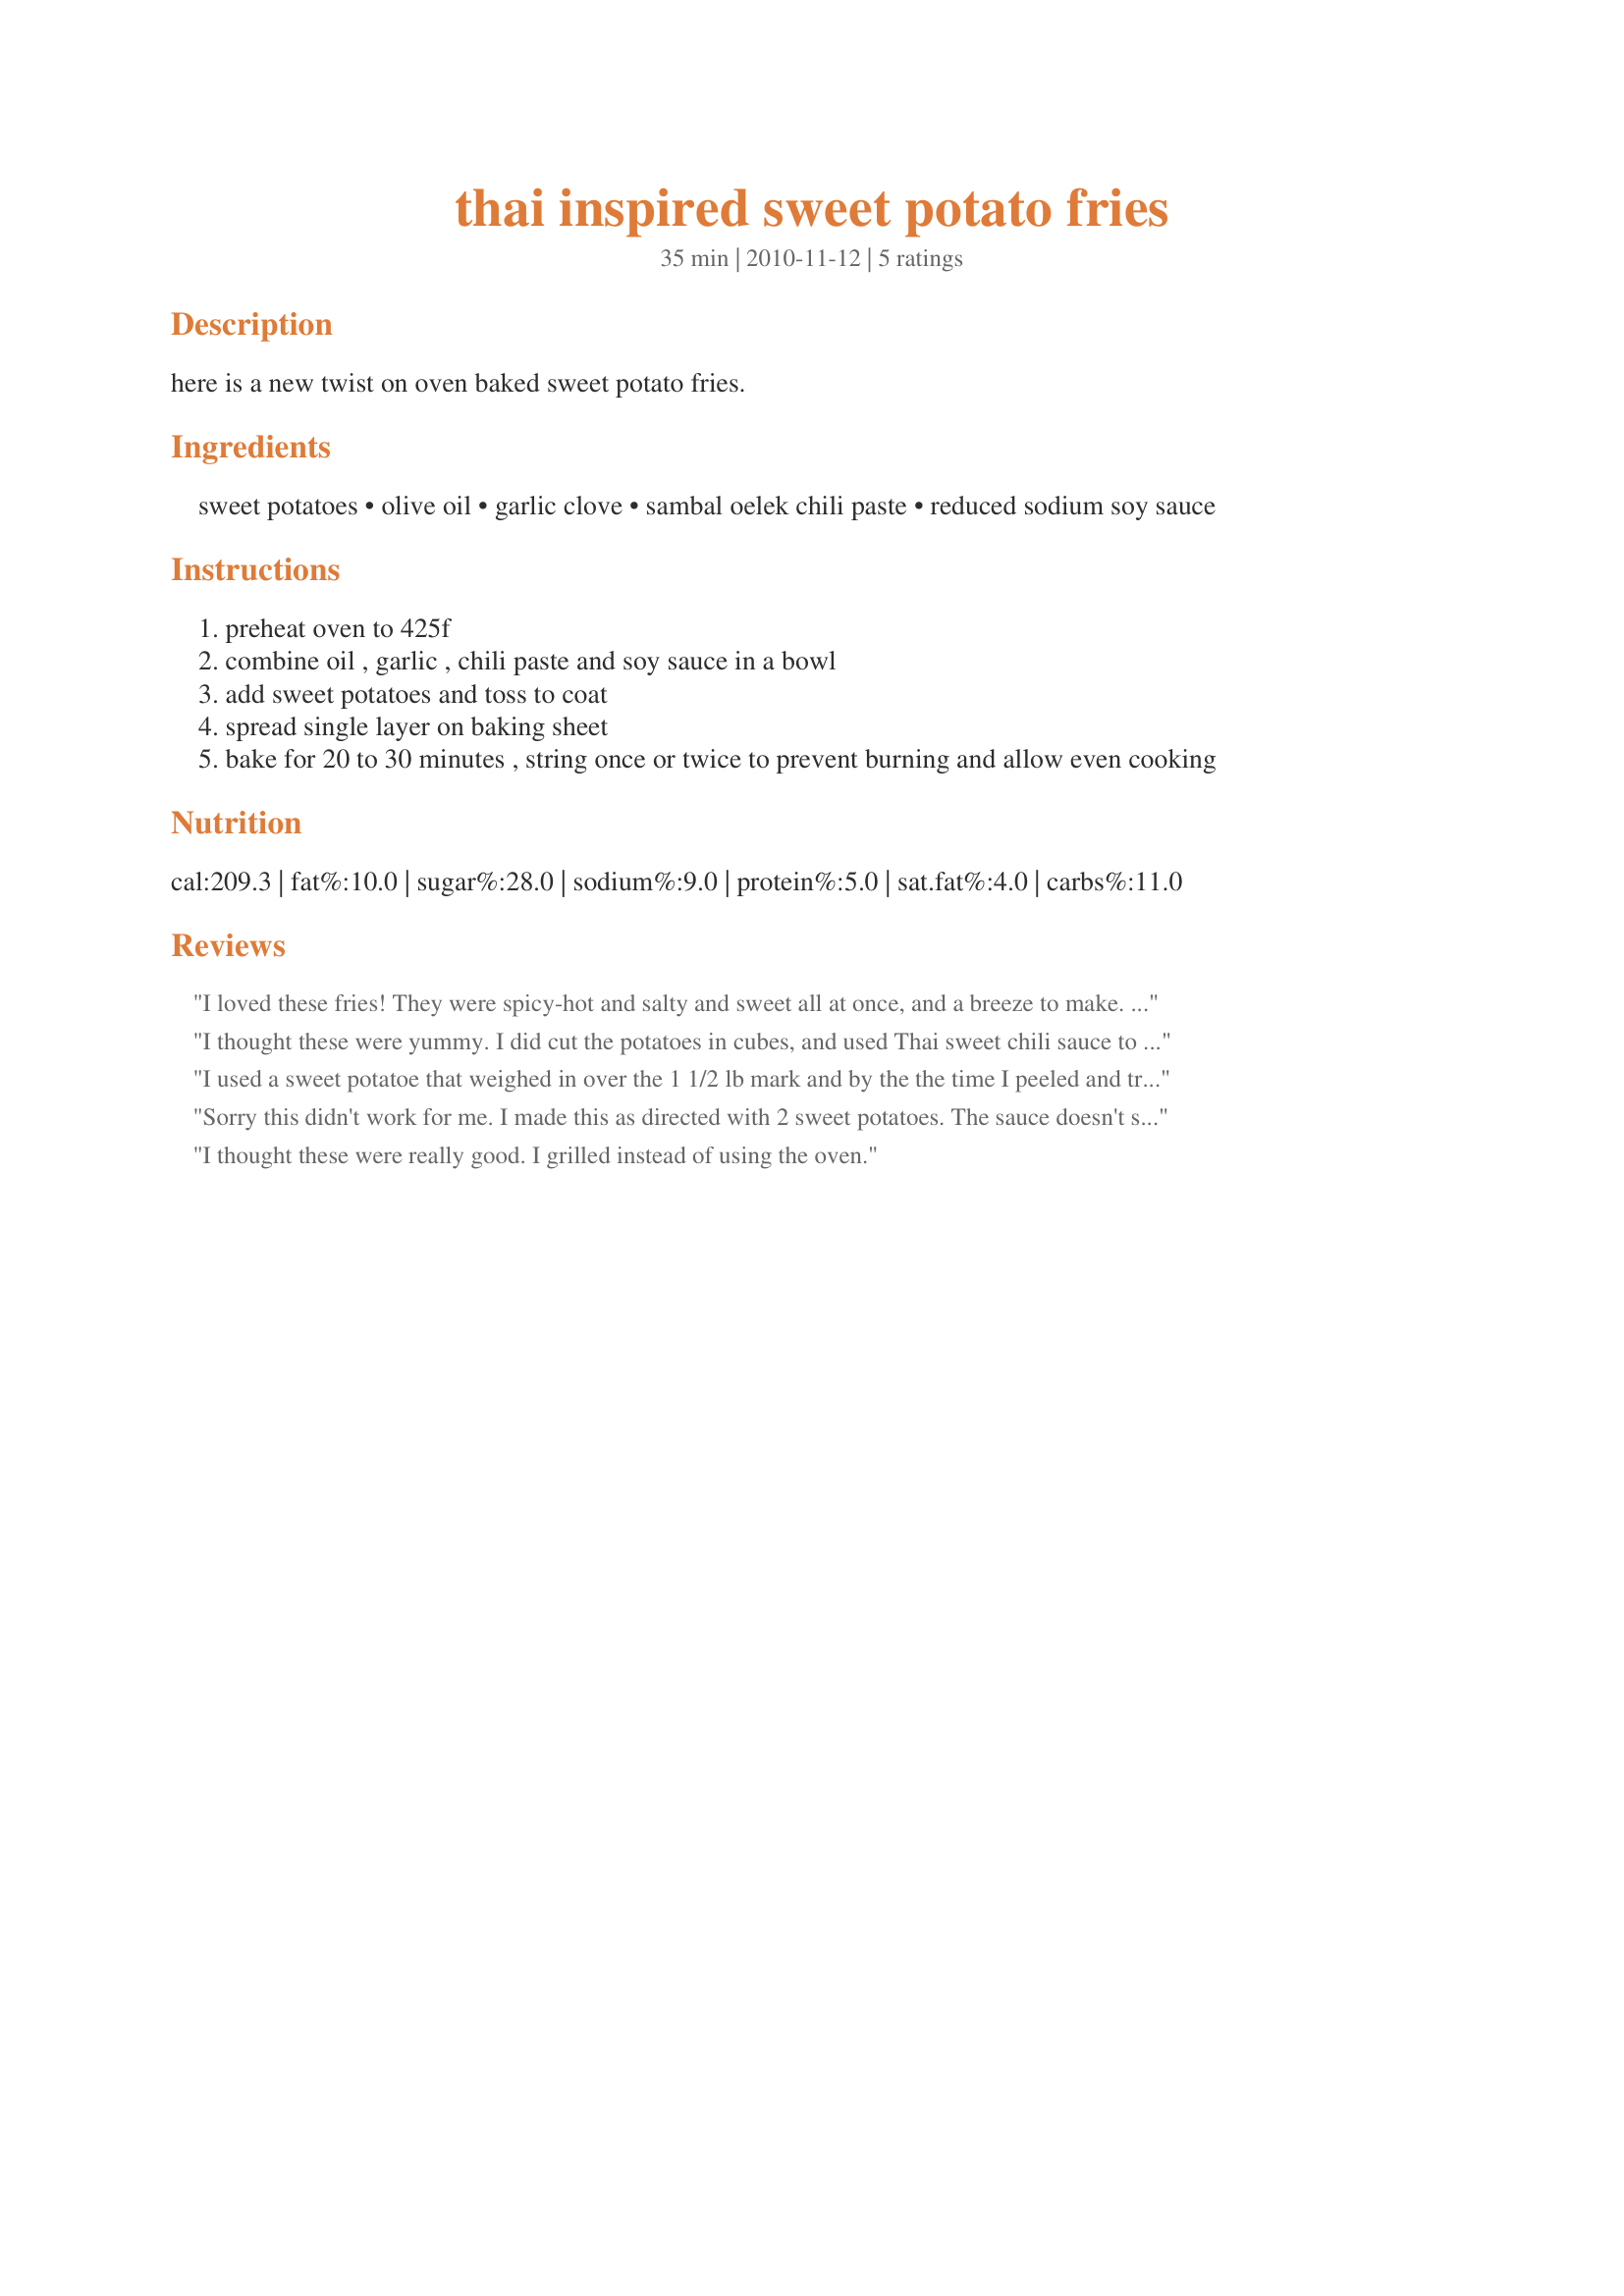
thai inspired sweet potato fries
Preparation time: 35 minutes

here is a new twist on oven baked sweet potato fries.

Ingredients:
sweet potatoes, olive oil, garlic clove, sambal oelek chili paste, reduced sodium soy sauce

Steps:
preheat oven to 425f
combine oil , garlic , chili paste and soy sauce in a bowl
add sweet potatoes and toss to coat
spread single layer on baking sheet
bake for 20 to 30 minutes , string once or twice to prevent burning and allow even cooking

Reviews:
I loved these fries! They were spicy-hot and salty and sweet all at once, and a breeze to make. Thanks - I'll be making these often.
I thought these were yummy. I did cut the potatoes in cubes, and used Thai sweet chili sauce to coat. I cooked at 400 degrees. Thanks! Made for PRMR game.
I used a sweet potatoe that weighed in over the 1 1/2 lb mark and by the the time I peeled and trimmed it was just under the weight and went ahead with the full recipe and 3 of us scoffed the lot, served with recipe #437238 by katew and coleslaw and pita bread. Though instead of sambal oelek I used a homemade chilli paste that my next door neighbour gave me which can pack a punch and only added 1/4 teaspoon (take my word taste this straight from the jar and it will numb your tongue and lips). Thank you Debble, made for Went To Market.
Sorry this didn't work for me. I made this as directed with 2 sweet potatoes. The sauce doesn't stick well to the potatoes...I think if they had been dredged in flour it might have worked better. As is, I did spoon the extra sauce over them and did turn them half way through baking but they browned too much and you couldn't taste the flavors. Less oil, and a lower temperature might work better. The sweet potatoes also were too soft in texture after baking to make good fries. Made for the Please Review tag game.
I thought these were really good. I grilled instead of using the oven.
